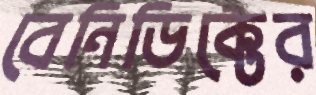
বেনিডিক্টের